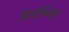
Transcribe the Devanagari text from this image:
पिनोच्चियो